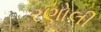
રણોલી